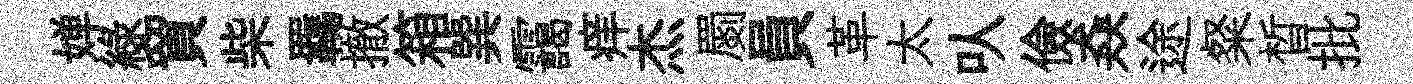
婵綠貿柴羈撤箱巽靄痒杰罽員革太㕥儉猋途粲晳批